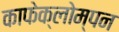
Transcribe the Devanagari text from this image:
काफेक्लोम्पन